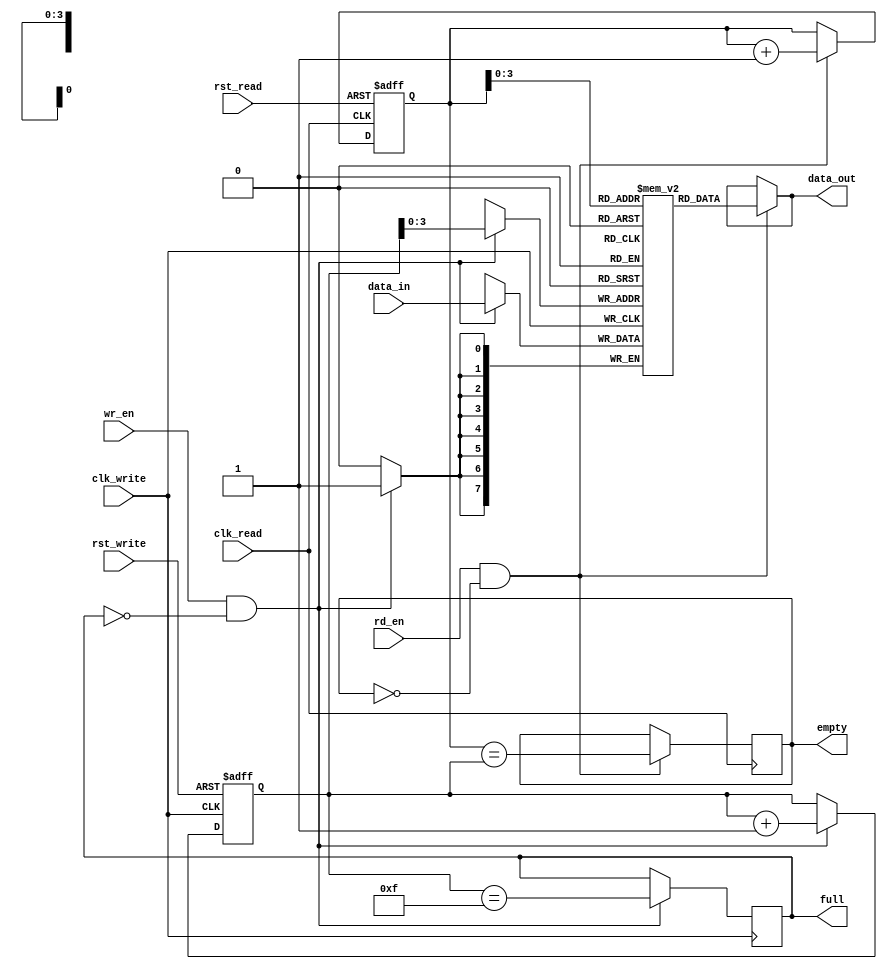
module asynchronous_fifo (
    input wire clk_write,         // Clock domain for write pointer
    input wire rst_write,         // Reset signal for write pointer
    input wire wr_en,             // Write enable signal
    input wire [DATA_WIDTH-1:0] data_in,     // Input data
    output wire full,             // Full flag
    input wire clk_read,          // Clock domain for read pointer
    input wire rst_read,          // Reset signal for read pointer
    input wire rd_en,             // Read enable signal
    output reg [DATA_WIDTH-1:0] data_out,     // Output data
    output wire empty             // Empty flag
);
  
parameter DEPTH = 16;            // Depth of FIFO buffer
parameter DATA_WIDTH = 8;        // Width of data bus

reg [DATA_WIDTH-1:0] fifo [0:DEPTH-1];   // FIFO buffer array
reg [DATA_WIDTH-1:0] read_ptr, write_ptr; // Read and write pointers
wire [DATA_WIDTH-1:0] data_out_reg;       // Output data register
reg full_reg, empty_reg;                  // Full and empty flags

// Write pointer logic
always @ (posedge clk_write or posedge rst_write) begin
    if (rst_write) begin
        write_ptr <= 0;
    end else if (wr_en && !full_reg) begin
        write_ptr <= write_ptr + 1;
    end
end

// Read pointer logic
always @ (posedge clk_read or posedge rst_read) begin
    if (rst_read) begin
        read_ptr <= 0;
    end else if (rd_en && !empty_reg) begin
        read_ptr <= read_ptr + 1;
    end
end

// Read and write operations
assign data_out_reg = (rd_en && !empty_reg) ? fifo[read_ptr] : data_out_reg;
assign full = full_reg;
assign empty = empty_reg;
assign data_out = data_out_reg;

// FIFO buffer memory
always @ (posedge clk_write) begin
    if (wr_en && !full_reg) begin
        fifo[write_ptr] <= data_in;
        full_reg <= (write_ptr == DEPTH-1);
    end
end

always @ (posedge clk_read) begin
    if (rd_en && !empty_reg) begin
        empty_reg <= (read_ptr == write_ptr);
    end
end
  
endmodule